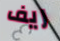
ريف